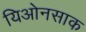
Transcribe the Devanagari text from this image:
यिओनसाक